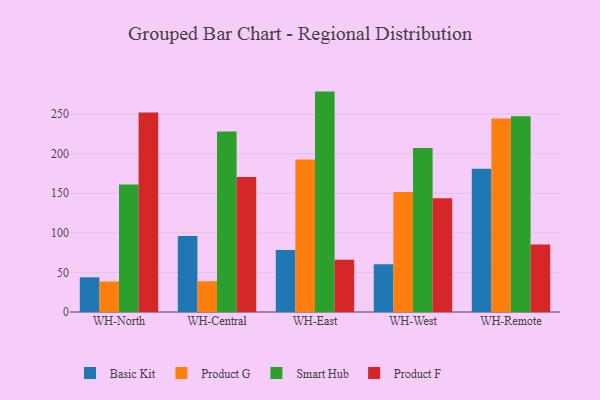
{"axis": {"x": "Warehouse", "y": "Population (Million)"}, "legend": ["Basic Kit", "Product F", "Product G", "Smart Hub"], "data": [{"x": "WH-North", "y": 43.8, "type": "Basic Kit"}, {"x": "WH-North", "y": 38.5, "type": "Product G"}, {"x": "WH-North", "y": 160.9, "type": "Smart Hub"}, {"x": "WH-North", "y": 251.9, "type": "Product F"}, {"x": "WH-Central", "y": 95.9, "type": "Basic Kit"}, {"x": "WH-Central", "y": 38.9, "type": "Product G"}, {"x": "WH-Central", "y": 227.8, "type": "Smart Hub"}, {"x": "WH-Central", "y": 170.6, "type": "Product F"}, {"x": "WH-East", "y": 78.4, "type": "Basic Kit"}, {"x": "WH-East", "y": 192.6, "type": "Product G"}, {"x": "WH-East", "y": 278.3, "type": "Smart Hub"}, {"x": "WH-East", "y": 66.1, "type": "Product F"}, {"x": "WH-West", "y": 60.4, "type": "Basic Kit"}, {"x": "WH-West", "y": 151.5, "type": "Product G"}, {"x": "WH-West", "y": 207.0, "type": "Smart Hub"}, {"x": "WH-West", "y": 143.7, "type": "Product F"}, {"x": "WH-Remote", "y": 180.9, "type": "Basic Kit"}, {"x": "WH-Remote", "y": 244.2, "type": "Product G"}, {"x": "WH-Remote", "y": 247.1, "type": "Smart Hub"}, {"x": "WH-Remote", "y": 85.2, "type": "Product F"}]}